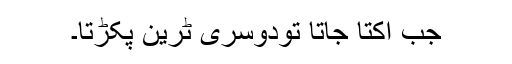
جب اکتا جاتا تودوسری ٹرین پکڑتا۔